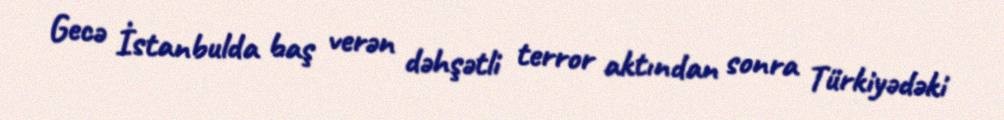
Gecə İstanbulda baş verən dəhşətli terror aktından sonra Türkiyədəki